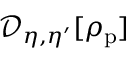
\mathcal D _ { \eta , \eta ^ { \prime } } [ \rho _ { \mathrm { p } } ]